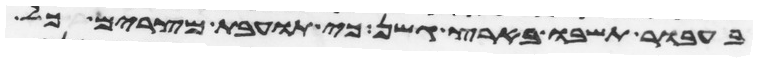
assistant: בעבור תשבו בארץ גשן כי תועבת מצרים כל